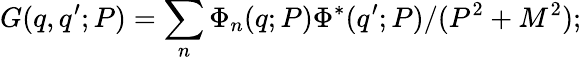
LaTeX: G(q,q^{\prime};P)=\sum_{n}\Phi_{n}(q;P)\Phi^{*}(q^{\prime};P)/(P^{2}+M^{2});